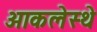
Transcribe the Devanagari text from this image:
आकलेस्थे